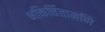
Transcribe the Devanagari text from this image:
भक्तिचिंतामणि